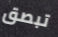
تبصق